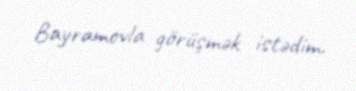
Bayramovla görüşmək istədim.